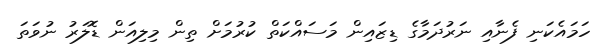
ހަމައެކަނި ފެނާއި ނަރުދަމާގެ ޑިޒައިން މަސައްކަތް ކުރުމަށް ތިން މިލިއަން ޑޮލަރު ނުވަތަ